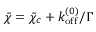
\begin{array} { r } { \tilde { \chi } = \tilde { \chi } _ { c } + k _ { \mathrm { o f f } } ^ { ( 0 ) } / \Gamma } \end{array}